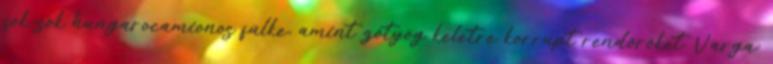
sok-sok hungarocamionos fülke, amint zötyög keletre korrupt rendőröket. Varga: